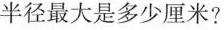
半径最大是多少厘米?